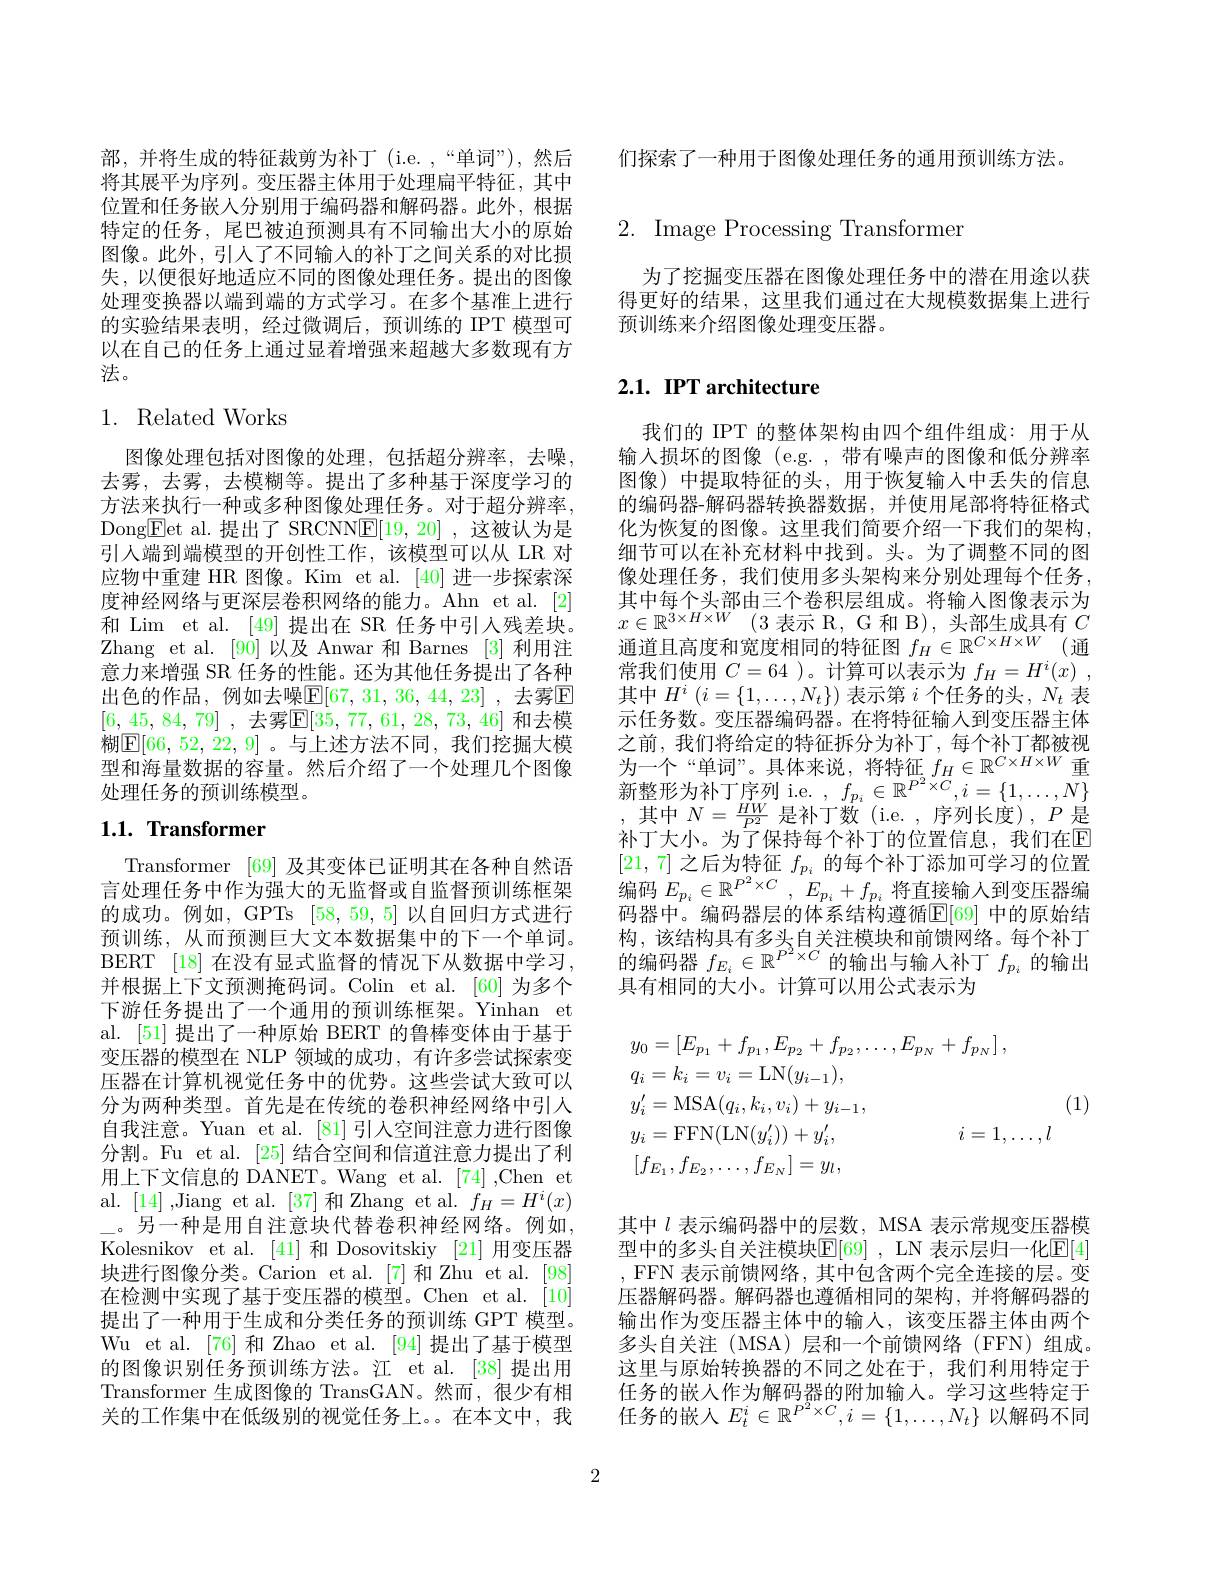
们探索了一种用于图像处理任务的通用预训练方法。

部，并将生成的特征裁剪为补丁(i.e.,“单词”),然后将其展平为序列。变压器主体用于处理扁平特征，其中位置和任务嵌人分别用于编码器和解码器。此外，根据特定的任务，尾巴被迫预测具有不同输出大小的原始图像。此外，引人了不同输人的补丁之间关系的对比损失，以便很好地适应不同的图像处理任务。提出的图像处理变换器以端到端的方式学习。在多个基准上进行的实验结果表明，经过微调后，预训练的 IPT 模型可以在自己的任务上通过显着增强来超越大多数现有方法。

## 1. Related Works

图像处理包括对图像的处理，包括超分辨率，去噪， 去雾，去雾，去模糊等。提出了多种基于深度学习的方法来执行一种或多种图像处理任务。对于超分辨率， Dong$\boxed{\mathrm{E}}$et al.提出了 SRCNN$\boxed{\mathrm{E}}[19,20]$ ,这被认为是引人端到端模型的开创性工作，该模型可以从 LR 对应物中重建 HR 图像。Kim et al. [40] 进一步探索深度神经网络与更深层卷积网络的能力。Ahn et al. [2] 和 Lim et al. [49] 提出在 SR 任务中引人残差块。Zhang et al.[90]以及 Anwar 和 Barnes [3]利用注意力来增强 SR 任务的性能。还为其他任务提出了各种出色的作品，例如去噪$\overline{\mathrm{E}}[67,31,36,44,23]$ ,去雾$\overline{\mathrm{E}}$ [6, 45, 84, 79] , 去雾$\mathbb{E} [ 35$, 77, 61, 28, 73, 46] 和去模糊$\boxed{\mathrm{F}[66,52,22,9]}$。与上述方法不同，我们挖掘大模型和海量数据的容量。然后介绍了一个处理几个图像处理任务的预训练模型。

# $1. 1. \textbf{Transformer}$

Transformer [69] 及其变体已证明其在各种自然语言处理任务中作为强大的无监督或自监督预训练框架的成功。例如，GPTs [58,59,5]以自回归方式进行预训练，从而预测巨大文本数据集中的下一个单词。BERT [18] 在没有显式监督的情况下从数据中学习， 并根据上下文预测掩码词。Colin et al.[60]为多个下游任务提出了一个通用的预训练框架。Yinhan et al. [51] 提出了一种原始 BERT 的鲁棒变体由于基于变压器的模型在 NLP 领域的成功，有许多尝试探索变压器在计算机视觉任务中的优势。这些尝试大致可以分为两种类型。首先是在传统的卷积神经网络中引人自我注意。Yuan et al. [81] 引人空间注意力进行图像分割。Fu et al. [25] 结合空间和信道注意力提出了利用上下文信息的 DANET。Wang et al.[74] ,Chen et al.[14],Jiang et al.[37]和Zhang et al.$f_H=H^i(x)$ \_。另一种是用自注意块代替卷积神经网络。例如， Kolesnikov et al.[41]和 Dosovitskiy [21] 用变压器块进行图像分类。Carion et al.[7]和 Zhu et al.[98] 在检测中实现了基于变压器的模型。Chen et al.[10] 提出了一种用于生成和分类任务的预训练 GPT 模型。Wu et al.[76] 和 Zhao et al.[94]提出了基于模型的图像识别任务预训练方法。江 et al.[38]提出用Transformer 生成图像的 TransGAN。然而，很少有相关的工作集中在低级别的视觉任务上。在本文中，我

# $2.{\mathrm{~Image~Processing~Transformer}}$

为了挖掘变压器在图像处理任务中的潜在用途以获得更好的结果，这里我们通过在大规模数据集上进行预训练来介绍图像处理变压器。

# 2.1. IPT architecture

我们的 IPT 的整体架构由四个组件组成：用于从输入损坏的图像 (e.g. , 带有噪声的图像和低分辨率图像) 中提取特征的头，用于恢复输入中丢失的信息的编码器-解码器转换器数据，并使用尾部将特征格式化为恢复的图像。这里我们简要介绍一下我们的架构， 细节可以在补充材料中找到。头。为了调整不同的图像处理任务，我们使用多头架构来分别处理每个任务， 其中每个头部由三个卷积层组成。将输入图像表示为$\begin{array}{l}{\text{六 母 人即出一“也们公，山瓜。“门拥八口体权小}}\\{x\in\mathbb{R}^{3\times H\times W}(3\text{表示 R, G 和 B), 头部生成具有}C}\end{array}$ 通道且高度和宽度相同的特征图 $f_H\in \mathbb{R} ^{C\times H\times W}$ (通常我们使用$C=64$ )。计算可以表示为$f_H= H^i( x)$ , 其中$H^i\left(i=\{1,\ldots,N_t\}\right)$表示第$i$个任务的头，$N_t$表示任务数。变压器编码器。在将特征输人到变压器主体之前，我们将给定的特征拆分为补丁，每个补丁都被视为一个“单词”。具体来说，将特征 $f_H\in\mathbb{R}^{C\times H\times W}$重新整形为补丁序列 i.e. $,f_{p_i}\in\mathbb{R}^{P^2\times C},i=\{1,\ldots,\overline{N}\}$ ,其中$N=\frac HW{P^2}$是补丁数( $i. e. , 序 列 长 度 ) , P$是补丁大小。为了保持每个补丁的位置信息，我们在$\mathbb{E}$ [21,7]之后为特征$f_{p_i}$的每个补丁添加可学习的位置编码 $E_{p_i}\in \mathbb{R} ^{P^2\times C}$ , $E_{p_i}+ f_{p_i}$ 将直接输入到变压器编码器中。编码器层的体系结构遵循$\mathbb{E}[69]$ 中的原始结构，该结构具有多头自关注模块和前馈网络。每个补丁的编码器$f_E_i\in\mathbb{R}^{P^2\times C}$的输出与输入补丁$f_p_i$的输出具有相同的大小。计算可以用公式表示为
$$\begin{aligned}&y_{0}=[E_{p_{1}}+f_{p_{1}},E_{p_{2}}+f_{p_{2}},\ldots,E_{p_{N}}+f_{p_{N}}]\:,\\&q_{i}=k_{i}=v_{i}=\mathrm{LN}(y_{i-1}),\\&y_{i}^{\prime}=\mathrm{MSA}(q_{i},k_{i},v_{i})+y_{i-1},&\text{(1)}\\&y_{i}=\mathrm{FFN}(\mathrm{LN}(y_{i}^{\prime}))+y_{i}^{\prime},&i=1,\ldots,l\\&[f_{E_{1}},f_{E_{2}},\ldots,f_{E_{N}}]=y_{l},\end{aligned}$$
其中$l$表示编码器中的层数，MSA 表示常规变压器模型中的多头自关注模块$\mathbb{E}[69]$ ,LN 表示层归一化$\mathbb{E}[4]$ , FFN 表示前馈网络，其中包含两个完全连接的层。变压器解码器。解码器也遵循相同的架构，并将解码器的输出作为变压器主体中的输入，该变压器主体由两个多头自关注(MSA)层和一个前馈网络(FFN)组成。这里与原始转换器的不同之处在于，我们利用特定于任务的嵌人作为解码器的附加输入。学习这些特定于任务的嵌人$E_t^i\in\mathbb{R}^{P^2\times C},i=\{1,\ldots,N_t\}$以解码不同

2